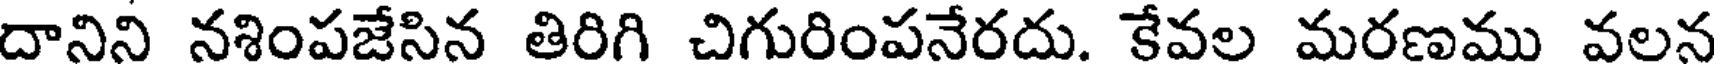
దానిని నశింపజేసిన తిరిగి చిగురింపనేరదు. కేవల మరణము వలన